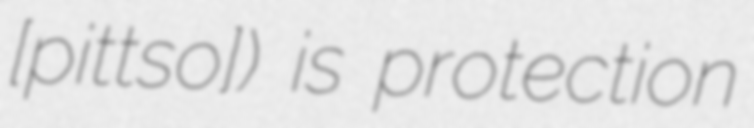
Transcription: [ˈpittso]) is protection